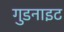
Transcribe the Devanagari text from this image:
गुडनाइट